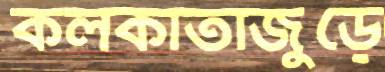
কলকাতাজুড়ে